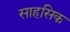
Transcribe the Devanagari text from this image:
साहसिक